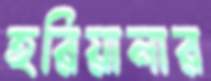
হরিয়ানার